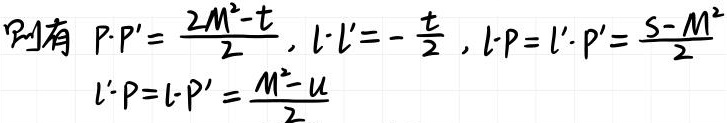
则有 \( P\cdot P'=\frac{2M^{2}-t}{2} \), \( l\cdot l'=-\frac{t}{2} \), \( l\cdot P = l'\cdot P'=\frac{s - M^{2}}{2} \)
\( l'\cdot P = l\cdot P'=\frac{M^{2}-u}{2} \)